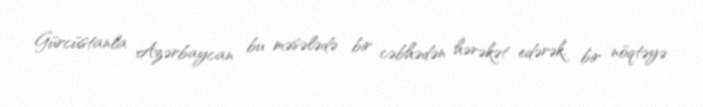
Gürcüstanla Azərbaycan bu məsələdə bir cəbhədən hərəkət edərək, bir nöqtəyə